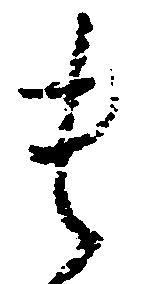
貴